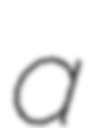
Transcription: a